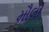
મૌલી